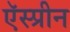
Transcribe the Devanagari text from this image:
ऍस्प्रीन